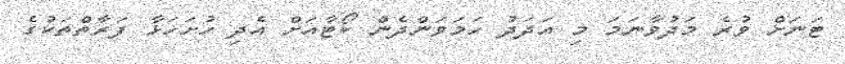
ޓަނަށް ވުރެ މަދުވާނަމަ މި އަދަދު ހަމަވަންދެން ކޯޓާއަށް އެދި ހުށަހަޅާ ފަރާތްތަކުގެ